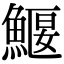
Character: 鰋